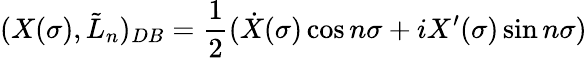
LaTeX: (X(\sigma),\tilde{L}_{n})_{DB}=\frac{1}{2}(\dot{X}(\sigma)\cos n\sigma+iX^{\prime}(\sigma)\sin n\sigma)